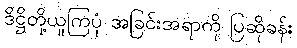
ဒိဋ္ဌိတို့ယူကြပုံ အခြင်းအရာကို ပြဆိုခန်း